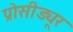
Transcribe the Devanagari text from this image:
प्रोसीड्यूर